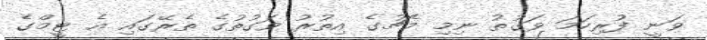
ވަނީ ފުރިހަމަ ވަގުތު ނިމި މެޗުގެ އިތުރު ވަގުތުގެ ތެރޭގައި އެ ޓީމްގެ